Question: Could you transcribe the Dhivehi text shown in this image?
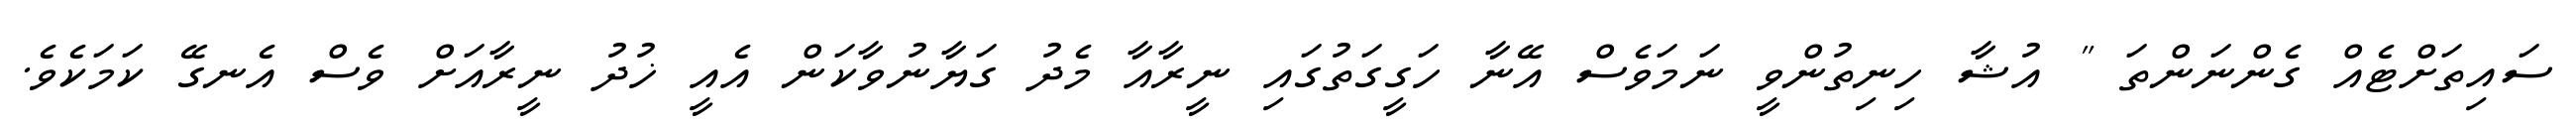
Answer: ސައިތަށްޓެއް ގެންނަންތަ " އުޝާ ހިނިތުންވީ ނަމަވެސް އޭނާ ހަގީގަތުގައި ނީރާއާ މެދު ގަޔާނުވާކަން އެއީ ޚުދު ނީރާއަށް ވެސް އެނގޭ ކަމަކެވެ.